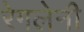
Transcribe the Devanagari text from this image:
रेगलेनी